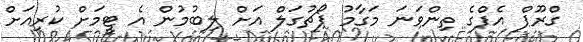
ގްރޫޕް އެފްގެ ތިންވަނަ މަގާމު ޕޯޗުގަލް އަށް ލިބުމުން އެ ޓީމަށް ކުރިއަށް